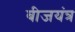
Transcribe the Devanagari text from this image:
बीजयंत्र